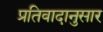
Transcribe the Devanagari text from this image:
प्रतिवादानुसार